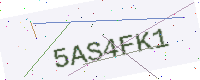
Text: 5AS4FK1